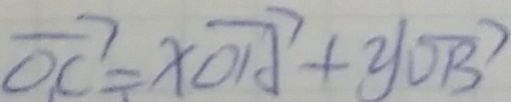
\overrightarrow { O C } = \times \overrightarrow { O A } + y \overrightarrow { O B } )